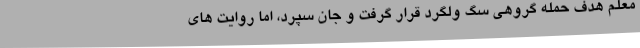
معلم هدف حمله گروهی سگ ولگرد قرار گرفت و جان سپرد، اما روایت های